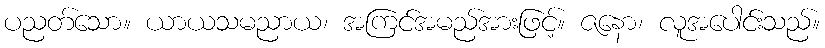
ပညတ်သော။ ယာယသမညာယ၊ အကြင်အမည်အားဖြင့်။ ဇနော၊ လူအပေါင်းသည်။